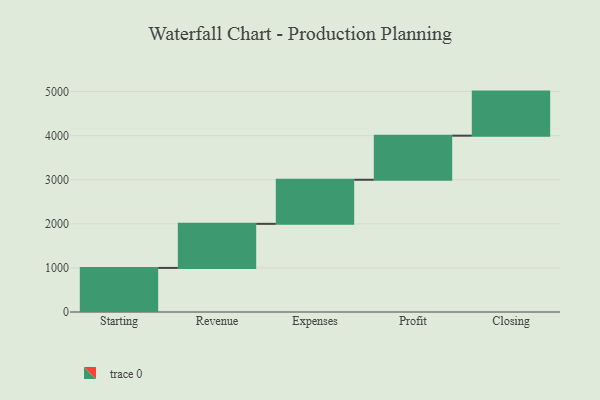
{"axis": {"x": "Step", "y": "Value"}, "legend": [""], "data": [{"x": "Starting", "y": 1000, "type": ""}, {"x": "Revenue", "y": 1000, "type": ""}, {"x": "Expenses", "y": 1000, "type": ""}, {"x": "Profit", "y": 1000, "type": ""}, {"x": "Closing", "y": 1000, "type": ""}]}